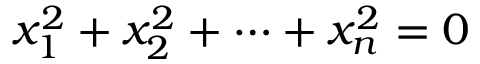
x _ { 1 } ^ { 2 } + x _ { 2 } ^ { 2 } + \dots + x _ { n } ^ { 2 } = 0